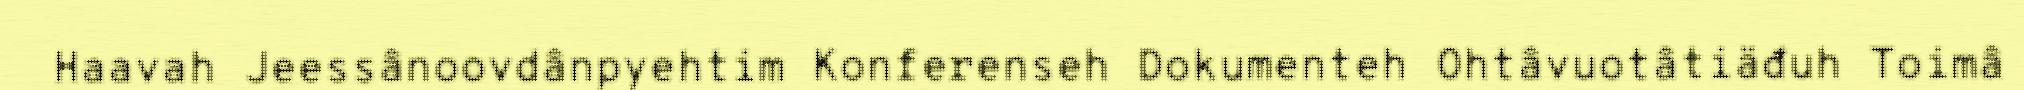
Haavah Jeessânoovdânpyehtim Konferenseh Dokumenteh Ohtâvuotâtiäđuh Toimâ